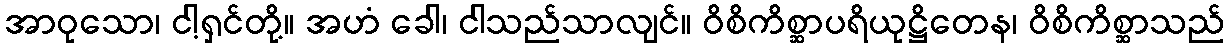
အာဝုသော၊ ငါ့ရှင်တို့။ အဟံ ခေါ၊ ငါသည်သာလျင်။ ဝိစိကိစ္ဆာပရိယုဋ္ဌိတေန၊ ဝိစိကိစ္ဆာသည်